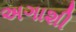
અગાશી